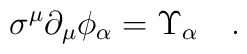
\sigma^\mu \partial_\mu \phi_\alpha = \Upsilon_\alpha\quad.